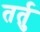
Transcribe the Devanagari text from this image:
तर्तु